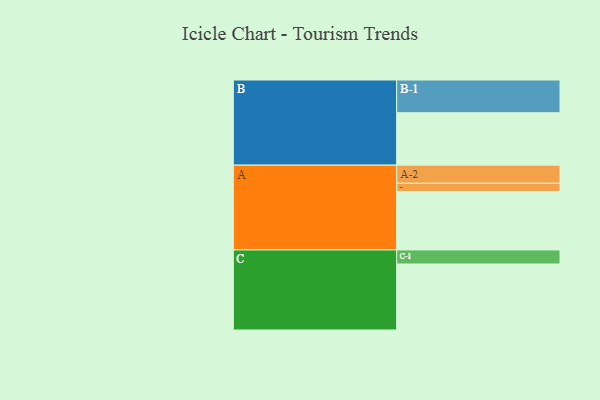
{"axis": {"x": "Segment", "y": "Value"}, "legend": ["", "A", "B", "C"], "data": [{"x": "A", "y": 448, "type": ""}, {"x": "B", "y": 402, "type": ""}, {"x": "C", "y": 506, "type": ""}, {"x": "A-1", "y": 63, "type": "A"}, {"x": "A-2", "y": 139, "type": "A"}, {"x": "B-1", "y": 251, "type": "B"}, {"x": "C-1", "y": 108, "type": "C"}]}